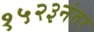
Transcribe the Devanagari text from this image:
१५२३नंतर